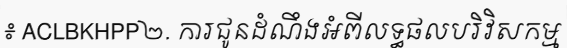
៖ ACLBKHPP២. ការជូនដំណឹងអំពីលទ្ធផលបរិវិសកម្ម